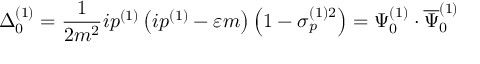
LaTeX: \Delta _ { 0 } ^ { ( 1 ) } = \frac 1 { 2 m ^ { 2 } } i p ^ { ( 1 ) } \left( i p ^ { ( 1 ) } - \varepsilon m \right) \left( 1 - \sigma _ { p } ^ { ( 1 ) 2 } \right) = \Psi _ { 0 } ^ { ( 1 ) } \cdot \overline { { { \Psi } } } _ { 0 } ^ { ( 1 ) }